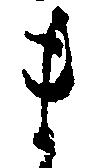
ま